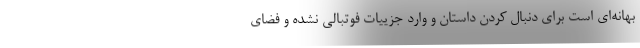
بهانه‌ای است برای دنبال کردن داستان و وارد جزییات فوتبالی نشده و فضای